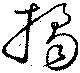
橘